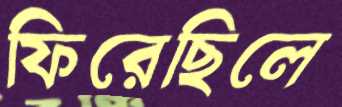
ফিরেছিলে